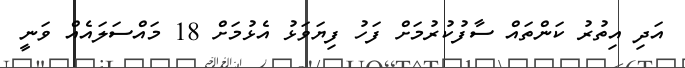
އަދި އިތުރު ކަންތައް ސާފުކުރުމަށް ފަހު ފިޔަވަޅު އެޅުމަށް 18 މައްސަލައެއް ވަނީ